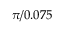
\pi / 0 . 0 7 5